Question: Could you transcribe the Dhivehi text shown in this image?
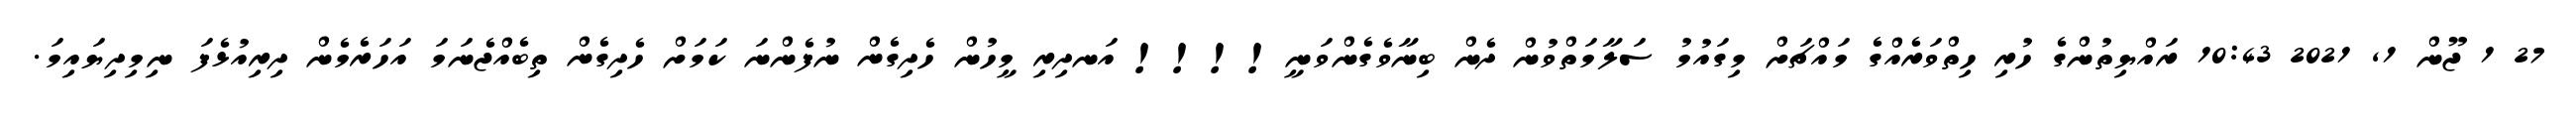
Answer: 27 1 ޖޫން 1, 2021 10:43 ރައްޔިތުންގެ ހުރި ހިތްވަރެއްގެ މައްޗަށް މިގައުމު ސަލާމަތްވުން ދެން ބިނާވެގެންވަނީ!!!! އަނދިރި މީހުން ހެދިގެން ނުފެންނަ ކަމަށް ހެދިގެން ތިބެއްޖެނަމަ އަހަރެމެން ދިރިއުޅެފަ ނިމިދިޔައިމަ.